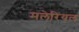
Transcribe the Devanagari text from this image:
मलेरियल